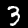
Digit: 3